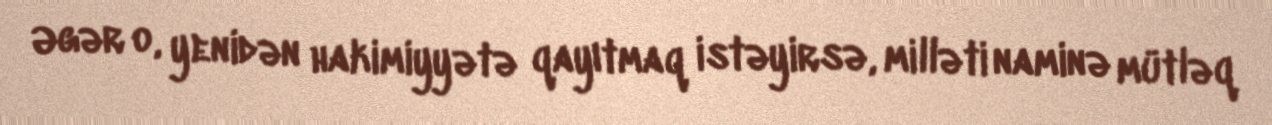
Əgər o, yenidən hakimiyyətə qayıtmaq istəyirsə, milləti naminə mütləq